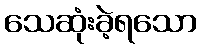
သေဆုံးခဲ့ရသော